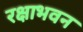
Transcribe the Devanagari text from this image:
रक्षाभवन